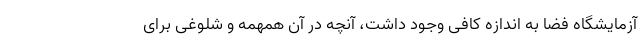
آزمایشگاه فضا به اندازه کافی وجود داشت، آنچه در آن همهمه و شلوغی برای